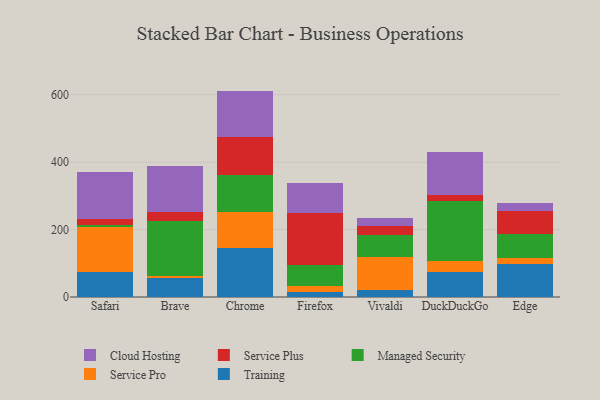
{"axis": {"x": "Browser", "y": "Humidity (%)"}, "legend": ["Cloud Hosting", "Managed Security", "Service Plus", "Service Pro", "Training"], "data": [{"x": "Safari", "y": 73.2, "type": "Training"}, {"x": "Safari", "y": 134.5, "type": "Service Pro"}, {"x": "Safari", "y": 7.2, "type": "Managed Security"}, {"x": "Safari", "y": 15.3, "type": "Service Plus"}, {"x": "Safari", "y": 139.3, "type": "Cloud Hosting"}, {"x": "Brave", "y": 55.9, "type": "Training"}, {"x": "Brave", "y": 7.8, "type": "Service Pro"}, {"x": "Brave", "y": 161.4, "type": "Managed Security"}, {"x": "Brave", "y": 26.5, "type": "Service Plus"}, {"x": "Brave", "y": 136.8, "type": "Cloud Hosting"}, {"x": "Chrome", "y": 146.0, "type": "Training"}, {"x": "Chrome", "y": 106.6, "type": "Service Pro"}, {"x": "Chrome", "y": 108.0, "type": "Managed Security"}, {"x": "Chrome", "y": 112.7, "type": "Service Plus"}, {"x": "Chrome", "y": 138.4, "type": "Cloud Hosting"}, {"x": "Firefox", "y": 15.2, "type": "Training"}, {"x": "Firefox", "y": 18.7, "type": "Service Pro"}, {"x": "Firefox", "y": 62.0, "type": "Managed Security"}, {"x": "Firefox", "y": 154.4, "type": "Service Plus"}, {"x": "Firefox", "y": 88.3, "type": "Cloud Hosting"}, {"x": "Vivaldi", "y": 20.8, "type": "Training"}, {"x": "Vivaldi", "y": 97.8, "type": "Service Pro"}, {"x": "Vivaldi", "y": 65.7, "type": "Managed Security"}, {"x": "Vivaldi", "y": 27.2, "type": "Service Plus"}, {"x": "Vivaldi", "y": 24.3, "type": "Cloud Hosting"}, {"x": "DuckDuckGo", "y": 73.2, "type": "Training"}, {"x": "DuckDuckGo", "y": 34.4, "type": "Service Pro"}, {"x": "DuckDuckGo", "y": 176.2, "type": "Managed Security"}, {"x": "DuckDuckGo", "y": 18.0, "type": "Service Plus"}, {"x": "DuckDuckGo", "y": 128.1, "type": "Cloud Hosting"}, {"x": "Edge", "y": 96.9, "type": "Training"}, {"x": "Edge", "y": 20.0, "type": "Service Pro"}, {"x": "Edge", "y": 68.7, "type": "Managed Security"}, {"x": "Edge", "y": 70.2, "type": "Service Plus"}, {"x": "Edge", "y": 22.5, "type": "Cloud Hosting"}]}